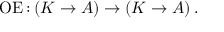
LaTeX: \operatorname { O E } { \mathrel { : } } \left( K \to A \right) \to \left( K \to A \right) .